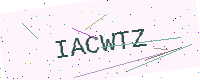
Text: IACWTZ